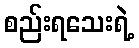
စည်းရသေးရဲ့